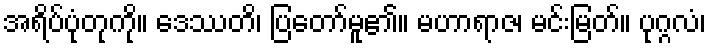
အရိပ်ပုံတုကို။ ဒေဿတိ၊ ပြတော်မူ၏။ မဟာရာဇ၊ မင်းမြတ်။ ပုဂ္ဂလံ၊